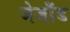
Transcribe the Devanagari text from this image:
जेजाँड